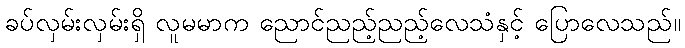
ခပ်လှမ်းလှမ်းရှိ လူမမာက ညောင်ညည့်ညည့်လေသံနှင့် ပြောလေသည်။